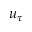
u _ { \tau }